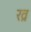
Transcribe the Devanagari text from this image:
ख्र